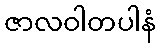
ဇာလဝါတပါနံ